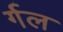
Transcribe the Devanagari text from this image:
र्गल